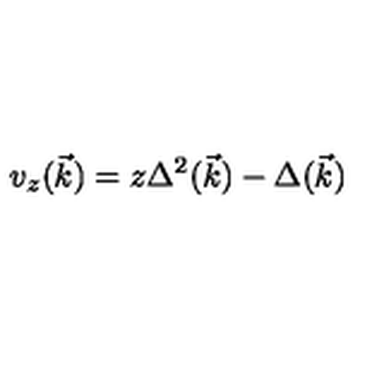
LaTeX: v _ { z } ( \vec { k } ) = z \Delta ^ { 2 } ( \vec { k } ) - \Delta ( \vec { k } )